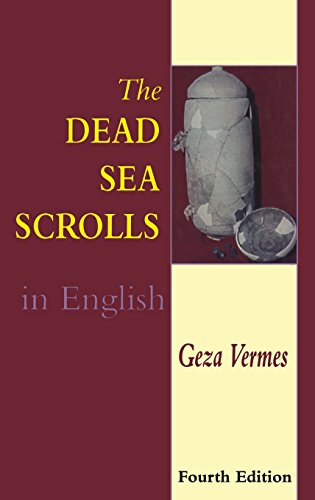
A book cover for The Dead Sea Scrolls in English (Sheffield Academic Press Individual Titles); Geza Vermes; Christian Books & Bibles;